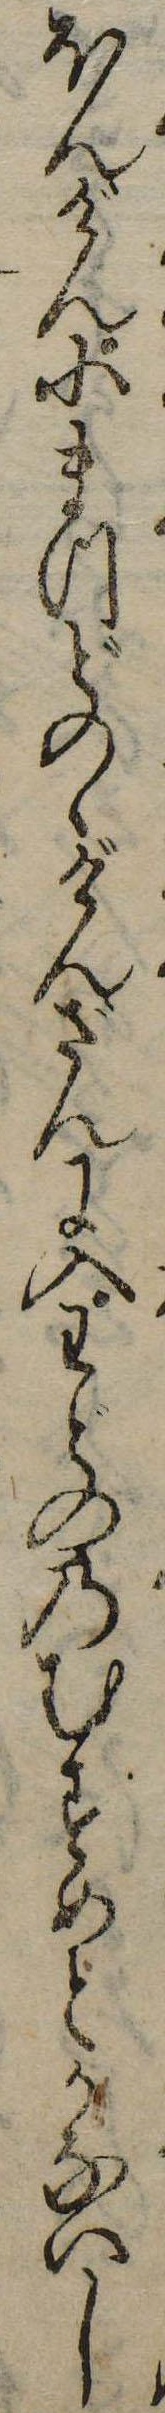
ほんげん小まつどのゝげんざんに入わどののむすめとかないし